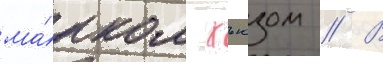
ма́рком хьюзом // В